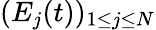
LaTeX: (E_{j}(t))_{1\leq j\leq N}